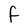
Character: f